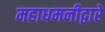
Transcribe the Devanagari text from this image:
महाधमनीद्वारे